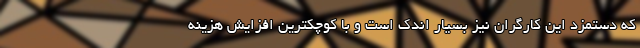
که دستمزد این کارگران نیز بسیار اندک است و با کوچکترین افزایش هزینه